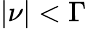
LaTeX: \vert\nu\vert<\Gamma